Annual report on the lock hospitals of the Madras Presidency
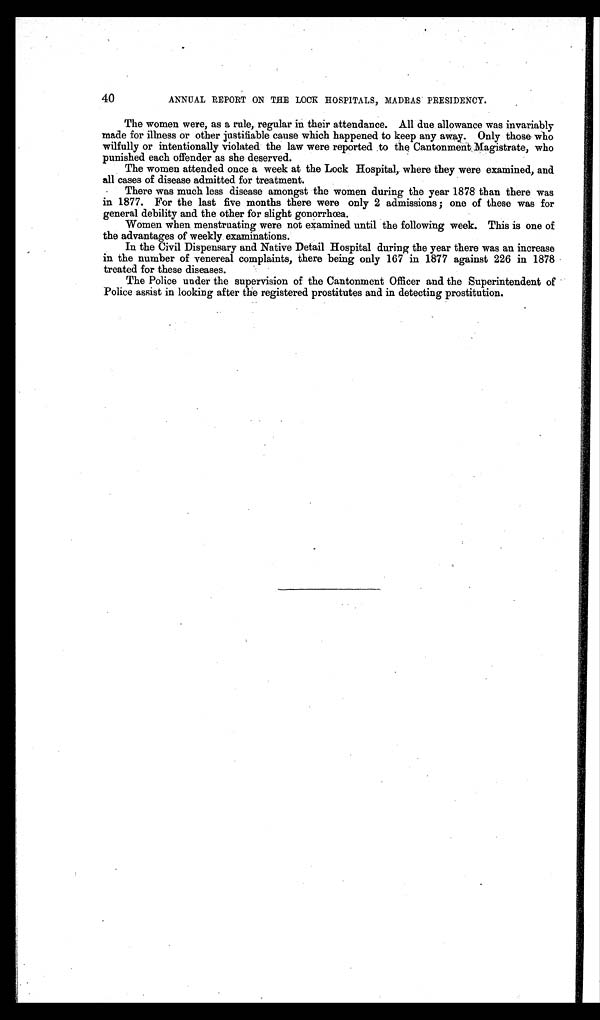
40
ANNUAL REPORT ON THE LOCK HOSPITALS, MADRAS PRESIDENCY.
The women were, as a rule, regular in their attendance. All due allowance was invariably
made for illness or other justifiable cause which happened to keep any away. Only those who
wilfully or intentionally violated the law were reported to the Cantonment Magistrate, who
punished each offender as she deserved.
The women attended once a week at the Lock Hospital, where they were examined, and
all cases of disease admitted for treatment.
There was much less disease amongst the women during the year 1878 than there was
in 1877. For the last five months there were only 2 admissions ; one of these was for
general debility and the other for slight gonorrhœa.
Women when menstruating were not examined until the following week. This is one of
the advantages of weekly examinations.
In the Civil Dispensary and Native Detail Hospital during the year there was an increase
in the number of venereal complaints, there being only 167 in 1877 against 226 in 1878
treated for these diseases.
The Police under the supervision of the Cantonment Officer and the Superintendent of
Police assist in looking after the registered prostitutes and in detecting prostitution.